65_HS1-834228961_62-HQ-83894_Section_7
Agency: FBI
Page 101
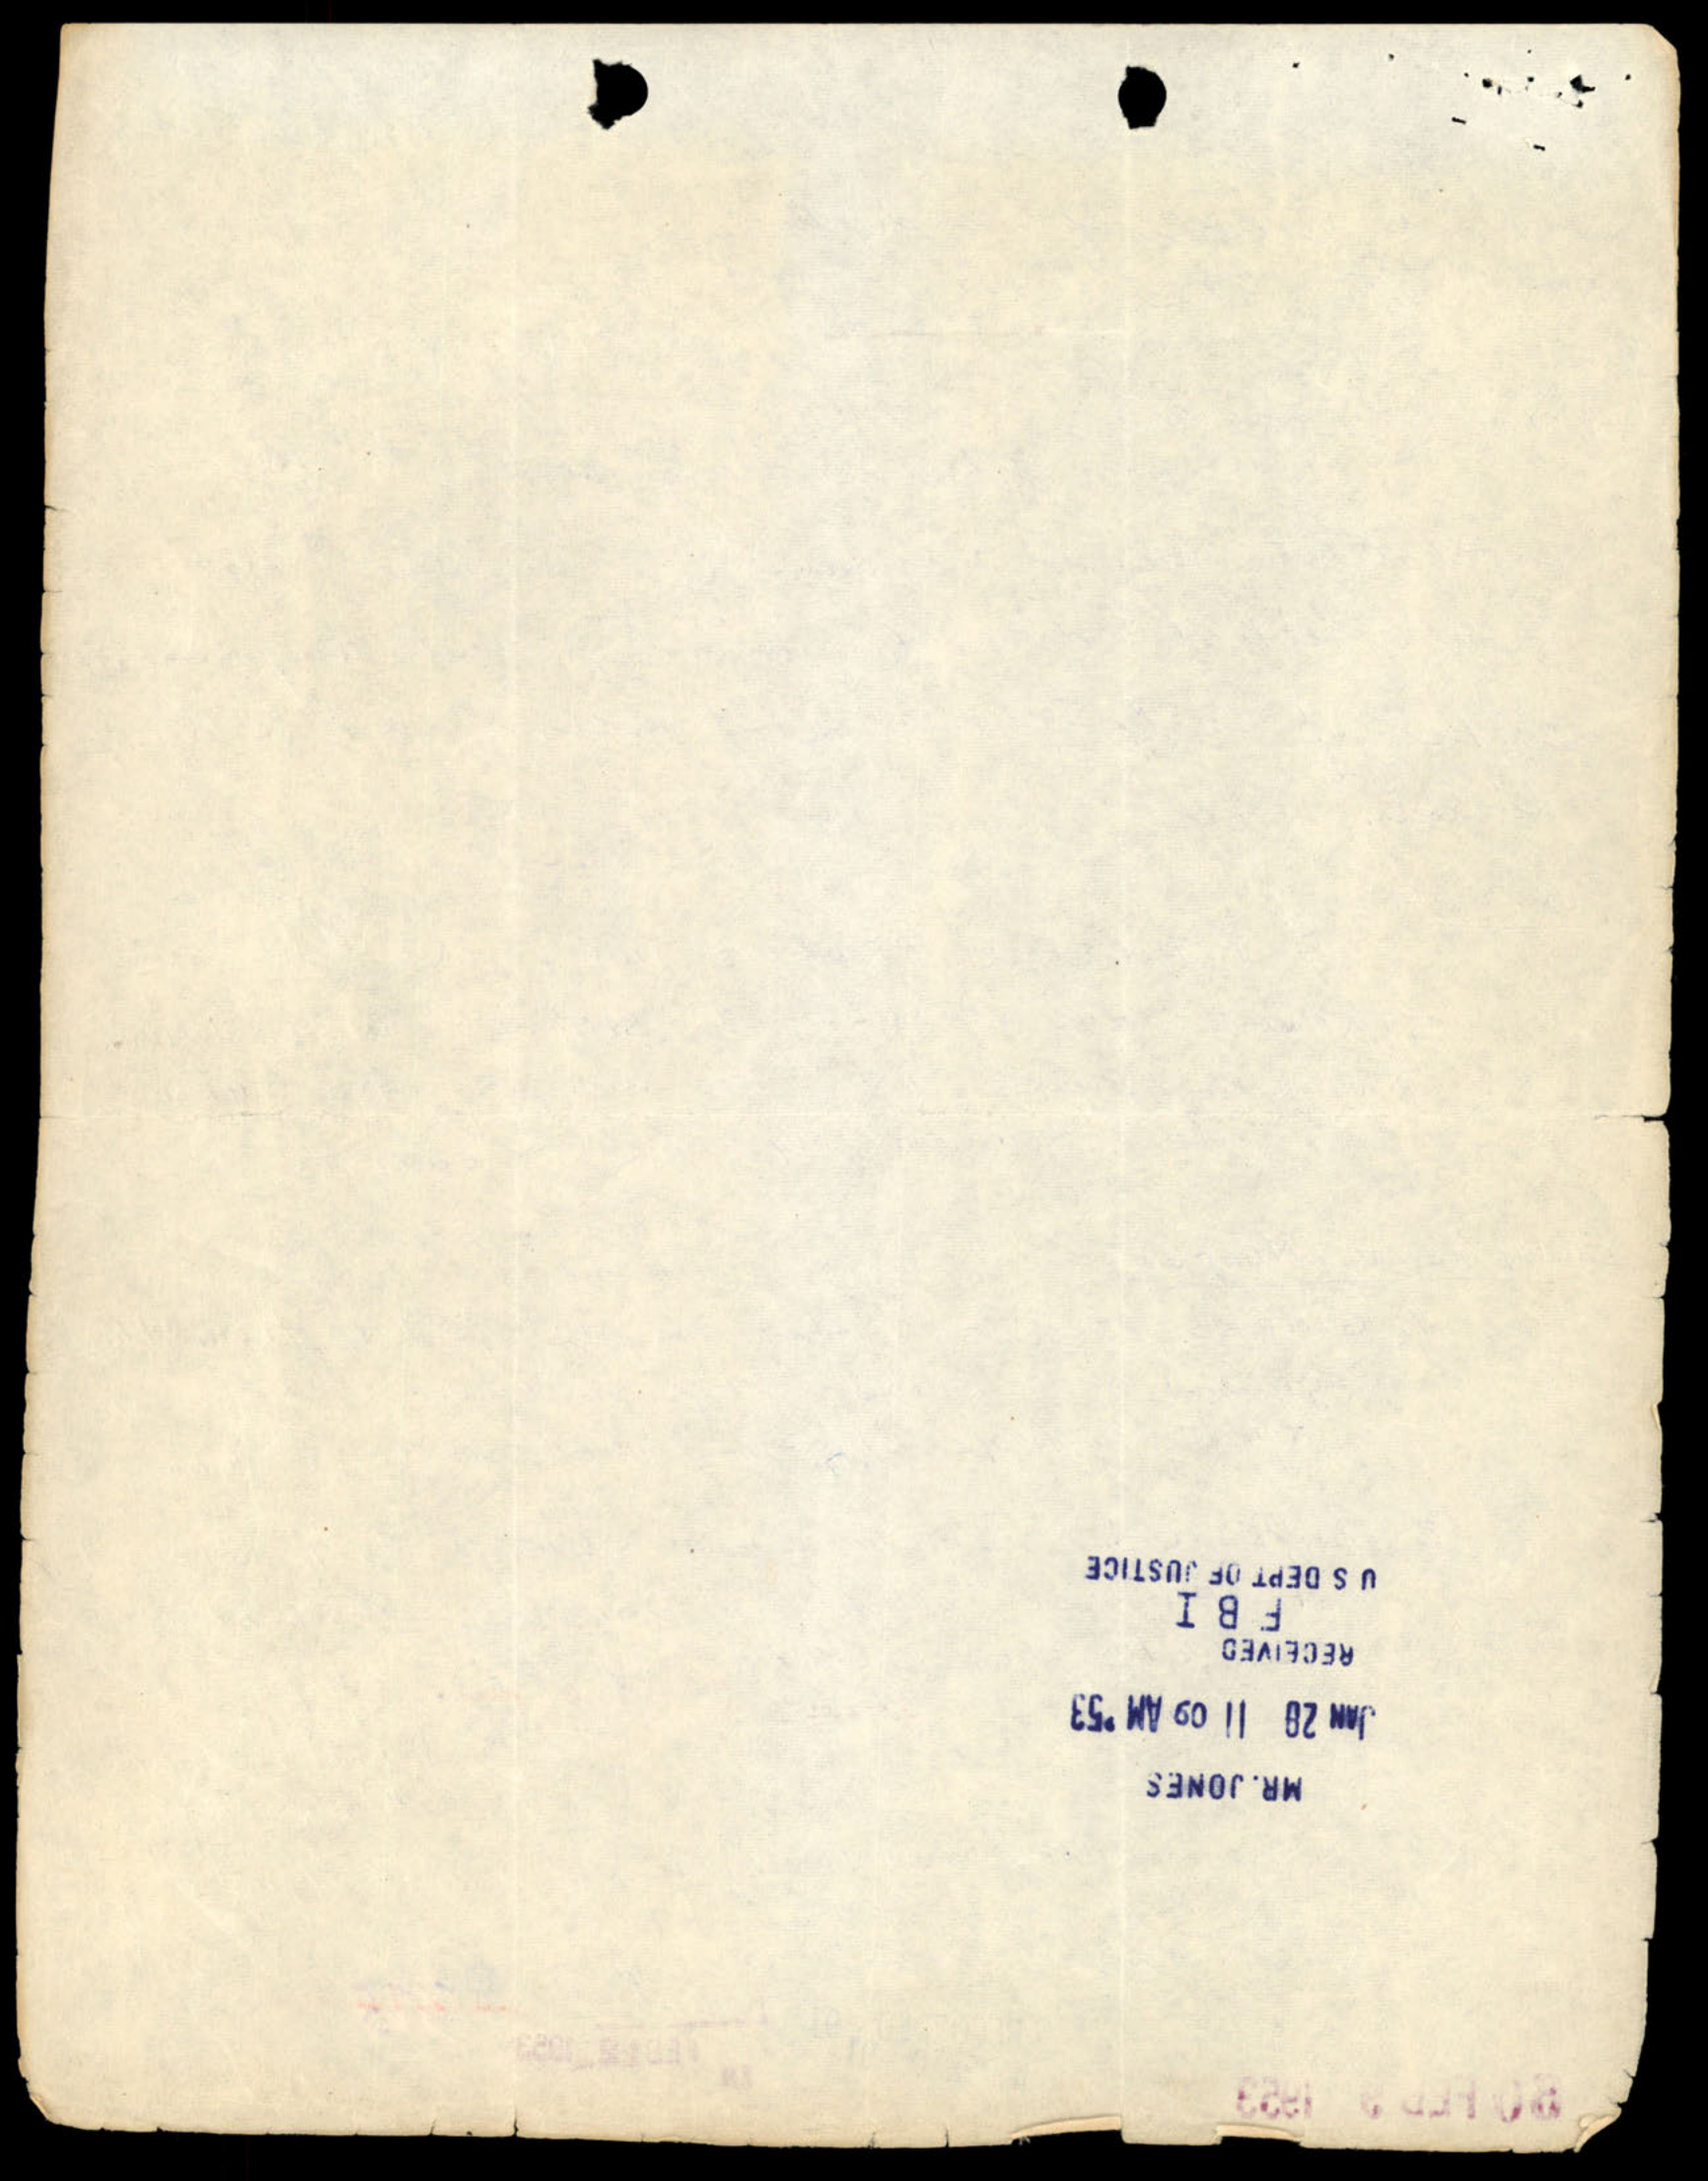